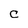
Character: C